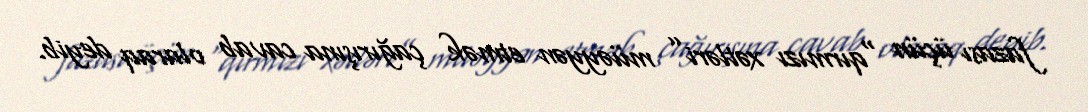
fazası üçün “qırmızı xətləri” müəyyən etmək çağırışına cavab olaraq deyib.